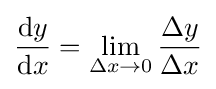
{\frac {\mathrm {d} y}{\mathrm {d} x}}=\lim _{\Delta x\to 0}{\frac {\Delta y}{\Delta x}}